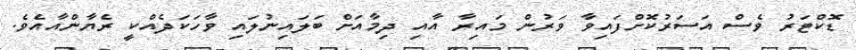
ޑޮކްޓަރު ވެސް އަސަރުކޮށްފައިވާ ވަރުން މައިރާ އާއި ދިމާއަށް ބަލައިނުލައި ވާހަކަދެއްކީ ރެޔާންއާއެވެ.